Report of the Municipal Commissioner on the plague in Bombay for the year ending 31st May... - Volume 2
Disease focus: Plague
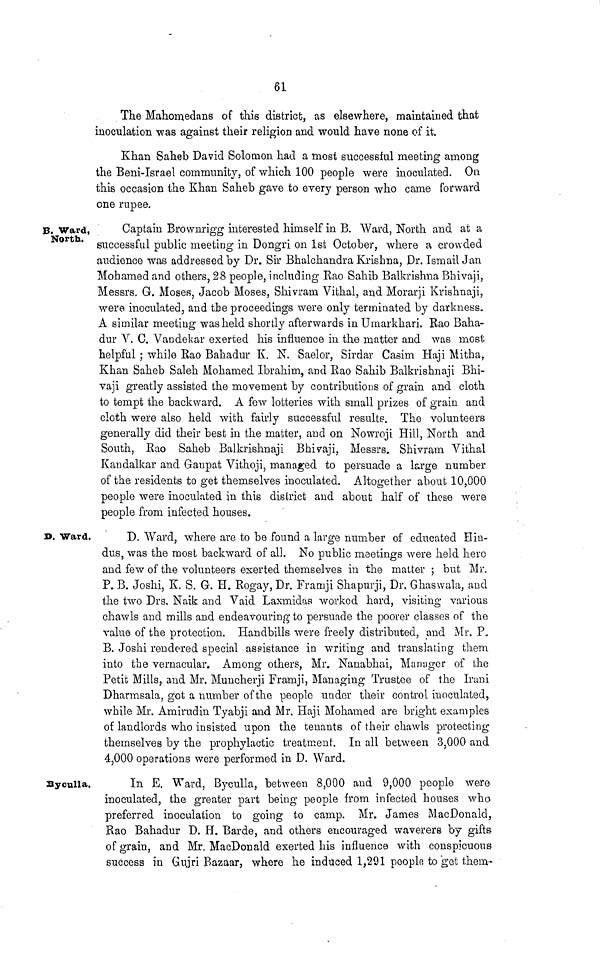
61
The Mahomedans of this district, as elsewhere, maintained that
inoculation was against their religion and would have none of it.
Khan Saheb David Solomon had a most successful meeting among
the Beni-Israel community, of which 100 people were inoculated. On
this occasion the Khan Saheb gave to every person who came forward
one rupee.
B. Ward,
North.
Captain Brownrigg interested himself in B. Ward, North and at a
successful public meeting in Dongri on 1st October, where a crowded
audience was addressed by Dr. Sir Bhalchandra Krishna, Dr. Ismail Jan
Mohamed and others, 28 people, including Rao Sahib Balkrishna Bbivaji,
Messrs. G. Moses, Jacob Moses, Shivram Vithal, and Morarji Krishnaji,
were inoculated, and the proceedings were only terminated by darkness.
A similar meeting was held shortly afterwards in Umarkhari. Rao Baha-
dur Y, C. Vandekar exerted his influence in the matter and was most
helpful; whi]e Rao Bahadur K. N. Saelor, Sirdar Casim Haji Mitha,
Khan Saheb Saleh Mohamed Ibrahim, and Rao Sahib Balkrishnaji Bhi-
vaji greatly assisted the movement by contributions of grain and cloth
to tempt the backward. A few lotteries with small prizes of grain and
cloth were also held with fairly successful results. The volunteers
generally did their best in the matter, and on Nowroji Hill, North and
South, Rao Saheb Balkrishnaji Bhivaji, Messrs. Shivram Yithal
Kandalkar and Gaupat Vithoji, managed to persuade a large number
of the residents to get themselves inoculated. Altogether about 10,000
people were inoculated in this district and about half of these were
people from infected houses.
D. Ward.
D. Ward, where are to be found a large number of educated Hin-
dus, was the most backward of all. No public meetings were held here
and few of the volunteers exerted themselves in the matter ; but Mr.
P. B. Joshi, K. S. G. H. Rogay, Dr. Framji Shapurji, Dr. Ghaswala, and
the two Drs. Naik and Vaid Laxmidas worked hard, visiting various
chawls and mills and endeavouring to persuade the poorer classes of the
value of the protection. Handbills were freely distributed, and Mr. P.
B. Joshi rendered special assistance in writing and translating them
into the vernacular. Among others, Mr. Nanabhai, Manager of the
Petit Mills, and Mr. Muncherji Framji, Managing Trustee of the Irani
Dharmsala, got a number of the people under their control inoculated,
while Mr. Amirudin Tyabji and Mr. Haji Mohamed are bright examples
of landlords who insisted upon the tenants of their chawls protecting
themselves by the prophylactic treatment. In all between 3,000 and
4,000 operations were performed in D. Ward.
B y cull a.
In E. Ward, Byculla, between 8,000 and 9,000 people were
inoculated, the greater part being people from infected houses who
preferred inoculation to going to camp. Mr. James MacDonald,
Rao Bahadur D. H. Barde, and others encouraged waverers by gifts
of grain, and Mr. MacDonald exerted his influence with conspicuous
success in Gujri Bazaar, where he induced 1,291 people to get them·*